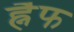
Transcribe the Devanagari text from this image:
ह्नैफ